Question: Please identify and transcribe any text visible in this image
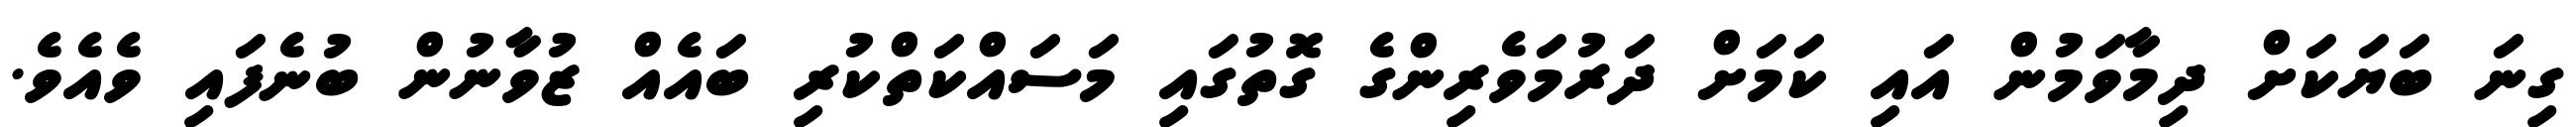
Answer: ގިނަ ބަޔަކަށް ދިމާވަމުން އައި ކަމަށް ދަރުމަވެރިންގެ ގޮތުގައި މަސައްކަތްކުރި ބައެއް ޒުވާނުން ބުނެފައި ވެއެވެ.